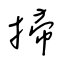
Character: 掃